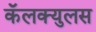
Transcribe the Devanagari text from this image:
कॅलक्युलस